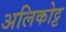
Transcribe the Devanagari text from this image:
अलिकोट्ट